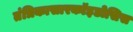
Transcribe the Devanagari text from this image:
तंत्रिकासारकॉइडोसिस